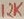
Text: 12K